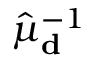
\hat { \mu } _ { \bf d } ^ { - 1 }